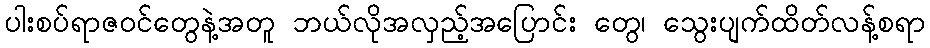
ပါးစပ်ရာဇဝင်တွေနဲ့အတူ ဘယ်လိုအလှည့်အပြောင်း တွေ၊ သွေးပျက်ထိတ်လန့်စရာ